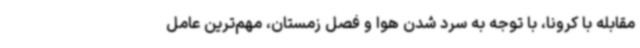
مقابله با کرونا، با توجه به سرد شدن هوا و فصل زمستان، مهم‌ترین عامل